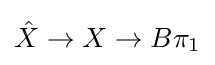
{\hat {X}}\to X\to B\pi _{1}